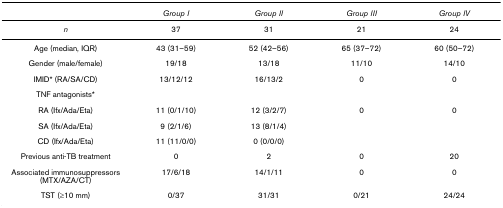
<table><thead><tr><td></td><td><b><i>Group I</i></b></td><td><b><i>Group II</i></b></td><td><b><i>Group III</i></b></td><td><b><i>Group IV</i></b></td></tr></thead><tbody><tr><td><i>n</i></td><td>37</td><td>31</td><td>21</td><td>24</td></tr><tr><td>Age (median, IQR)</td><td>43 (31–59)</td><td>52 (42–56)</td><td>65 (37–72)</td><td>60 (50–72)</td></tr><tr><td>Gender (male/female)</td><td>19/18</td><td>13/18</td><td>11/10</td><td>14/10</td></tr><tr><td>IMID* (RA/SA/CD)</td><td>13/12/12</td><td>16/13/2</td><td>0</td><td>0</td></tr><tr><td>TNF antagonists*</td><td></td><td></td><td></td><td></td></tr><tr><td>RA (Ifx/Ada/Eta)</td><td>11 (0/1/10)</td><td>12 (3/2/7)</td><td>0</td><td>0</td></tr><tr><td>SA (Ifx/Ada/Eta)</td><td>9 (2/1/6)</td><td>13 (8/1/4)</td><td></td><td></td></tr><tr><td>CD (Ifx/Ada/Eta)</td><td>11 (11/0/0)</td><td>0 (0/0/0)</td><td></td><td></td></tr><tr><td>Previous anti-TB treatment</td><td>0</td><td>2</td><td>0</td><td>20</td></tr><tr><td>Associated immunosuppressors (MTX/AZA/CT)</td><td>17/6/18</td><td>14/1/11</td><td>0</td><td>0</td></tr><tr><td>TST (≥10 mm)</td><td>0/37</td><td>31/31</td><td>0/21</td><td>24/24</td></tr></tbody></table>